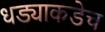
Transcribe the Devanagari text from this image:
धड्याकडेच